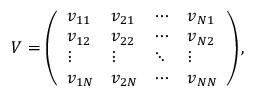
V = \left( \begin{array} { l l l l } { v _ { 1 1 } } & { v _ { 2 1 } } & { \cdots } & { v _ { N 1 } } \\ { v _ { 1 2 } } & { v _ { 2 2 } } & { \cdots } & { v _ { N 2 } } \\ { \vdots } & { \vdots } & { \ddots } & { \vdots } \\ { v _ { 1 N } } & { v _ { 2 N } } & { \cdots } & { v _ { N N } } \end{array} \right) ,